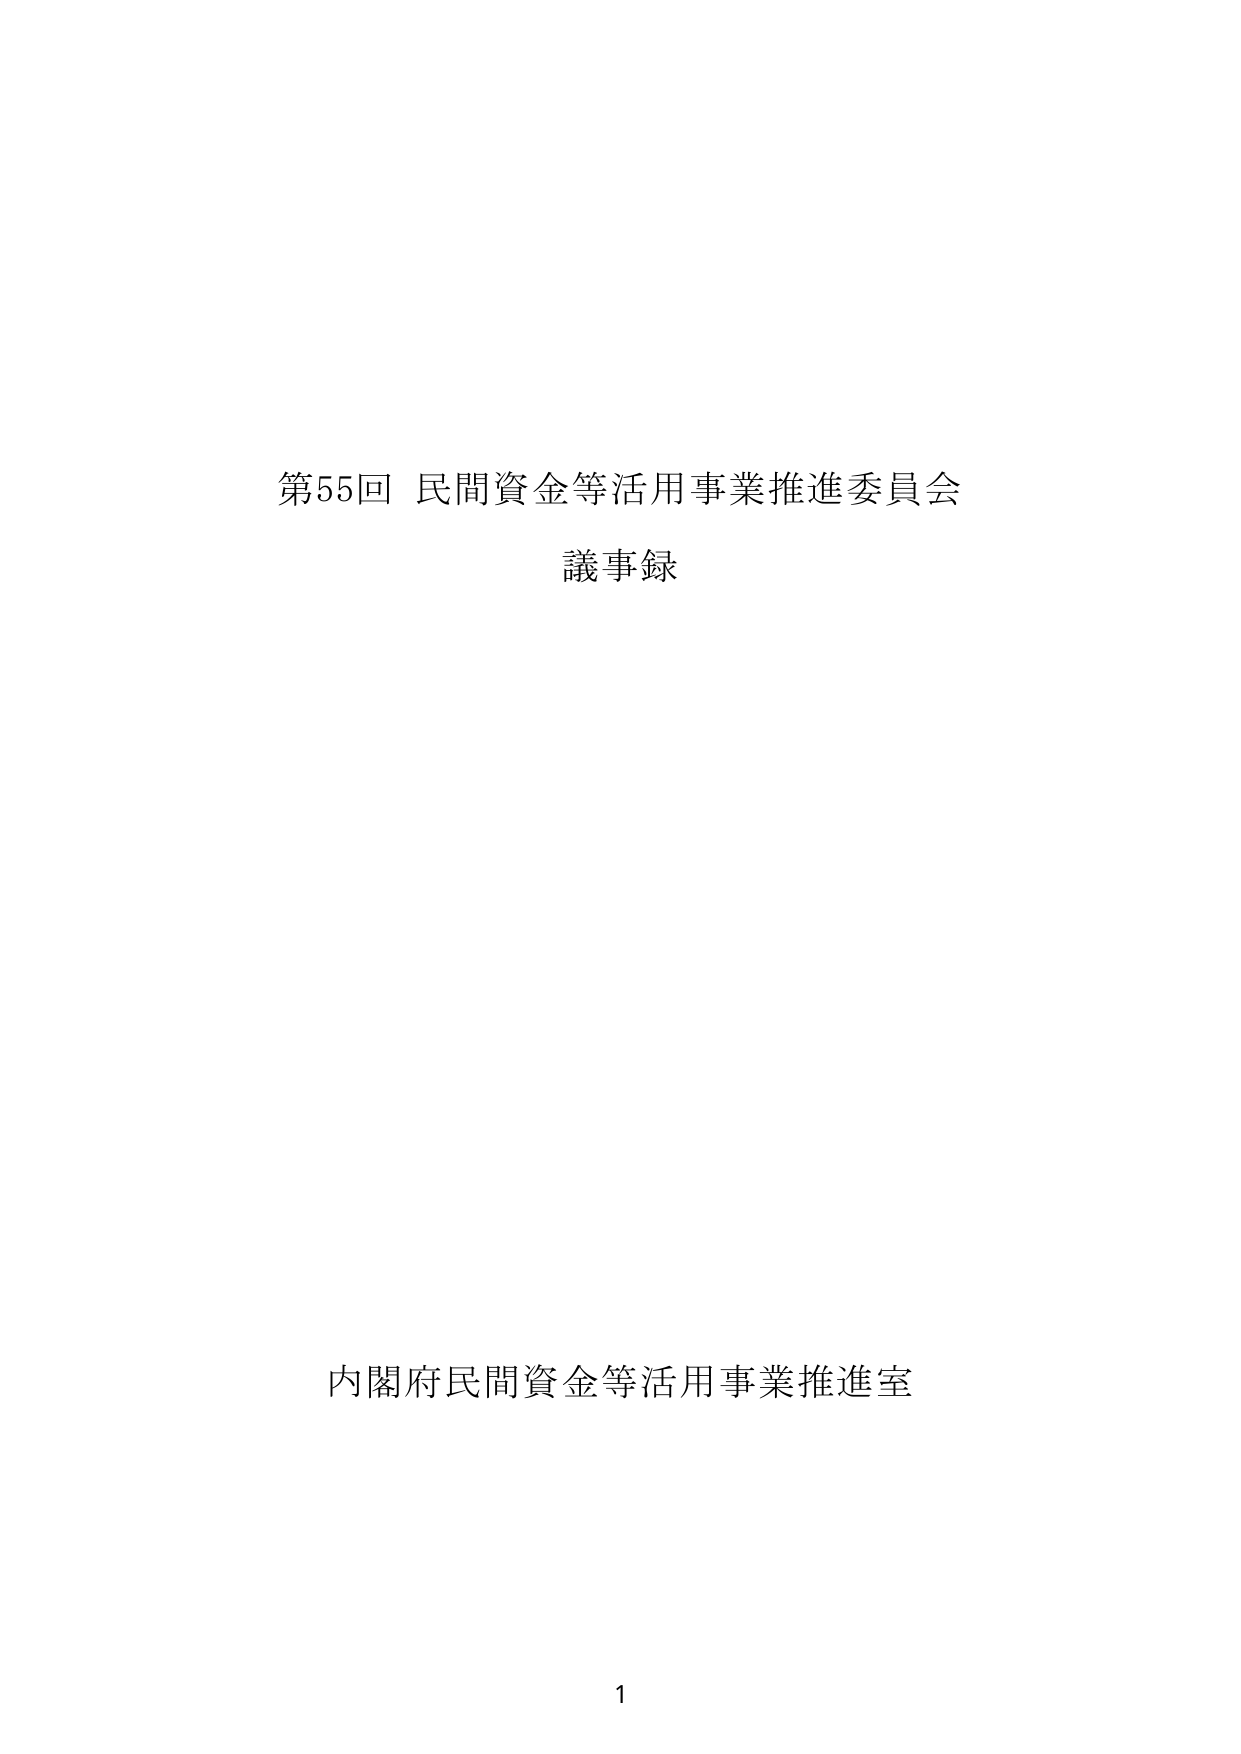
第55回 民間資金等活用事業推進委員会
議事録

内閣府民間資金等活用事業推進室

1